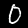
Digit: 0